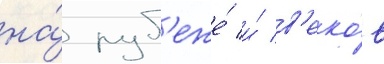
на́ руб'еже́ и́ в'еко́в